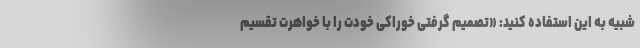
شبیه به این استفاده کنید: «تصمیم گرفتی خوراکی خودت را با خواهرت تقسیم